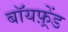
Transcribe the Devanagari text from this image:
बॉयफ़्रेंड